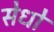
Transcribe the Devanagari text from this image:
सेधो